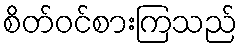
စိတ်ဝင်စားကြသည်